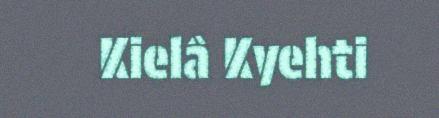
Kielâ Kyehti